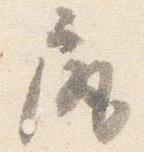
尻